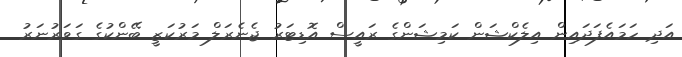
އަދި ހަމައެފަދައިން އިލެކްޝަން ކަމިޝަންގެ ރައީސް އޮޑިޓަރު ޖެނެރަލް މަރުކަޒީ ބޭންކުގެ ގަވަރުނަރު